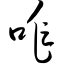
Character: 咋